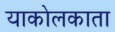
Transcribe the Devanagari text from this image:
याकोलकाता